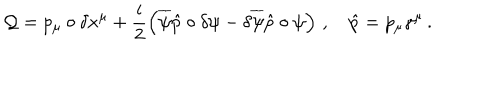
LaTeX: \mathcal { Q } = p _ { \mu } \circ \delta x ^ { \mu } + \frac { i } { 2 } \left( \overline { { { \psi } } } \hat { p } \circ \delta \psi - \delta \overline { { { \psi } } } \hat { p } \circ \psi \right) \, , \quad \hat { p } = p _ { \mu } \gamma ^ { \mu } \, .